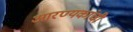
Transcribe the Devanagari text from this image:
आरण्यकांची